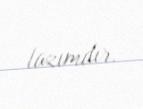
lazımdır.